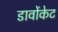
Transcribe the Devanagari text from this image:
डार्वोकेट